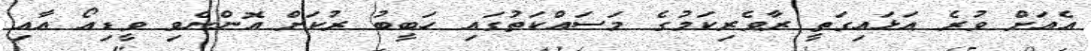
އެއަށް ވުރެ އަޅައިގަތީ ރާވެރިކަމުގެ މަސައްކަތުގައި ހަބީބު ރުކަށް އޮންނެވި ވީޑިއޯ އާއި